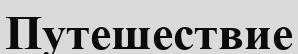
Путешествие